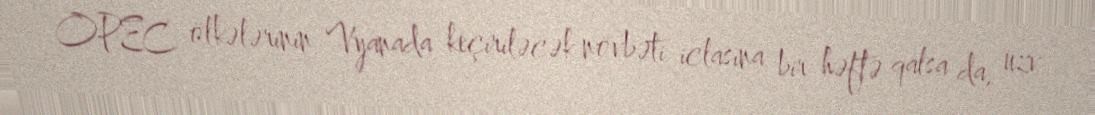
OPEC ölkələrinin Vyanada keçiriləcək növbəti iclasına bir həftə qalsa da, üzv